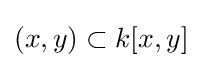
(x,y)\subset k[x,y]